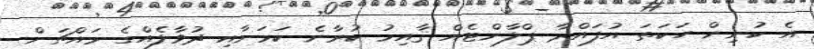
އެ ކުނިން ހަކަތަ އުފައްދާ ޕްލާންޓެއް ޤާއިމު ކުރާނެ ކަމަށާއި ދުވާލެއްގެ މައްޗަށް